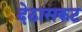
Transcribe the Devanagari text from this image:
देठासकट